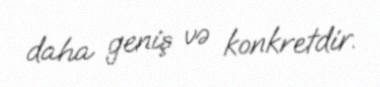
daha geniş və konkretdir.